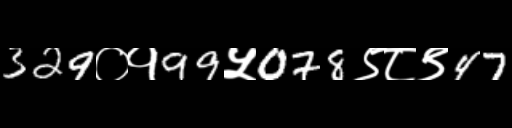
Text: 329०१99५078९८९47